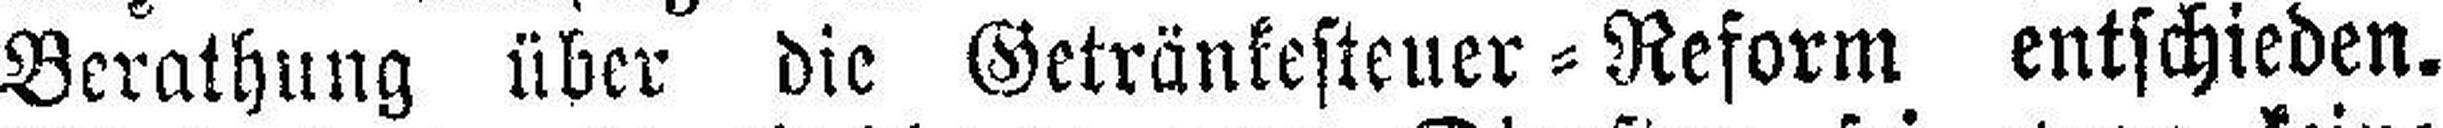
Berathung über die Getrünkesteuer=Reform entschieden.